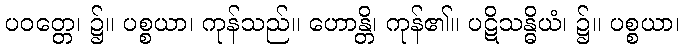
ပဝတ္တေ၊ ၌။ ပစ္စယာ၊ ကုန်သည်။ ဟောန္တိ၊ ကုန်၏။ ပဋိသန္ဓိယံ၊ ၌။ ပစ္စယာ၊